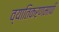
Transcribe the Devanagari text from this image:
व्यातिकरणमापी